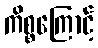
ကိစ္စကြောင့်